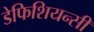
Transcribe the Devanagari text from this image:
डेफिशियन्सी